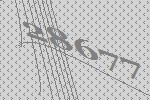
28677